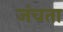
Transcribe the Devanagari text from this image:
जंचता